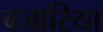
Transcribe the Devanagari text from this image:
बजारिया